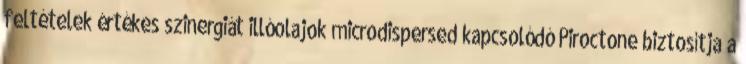
feltételek értékes szinergiát illóolajok microdispersed kapcsolódó Piroctone biztosítja a